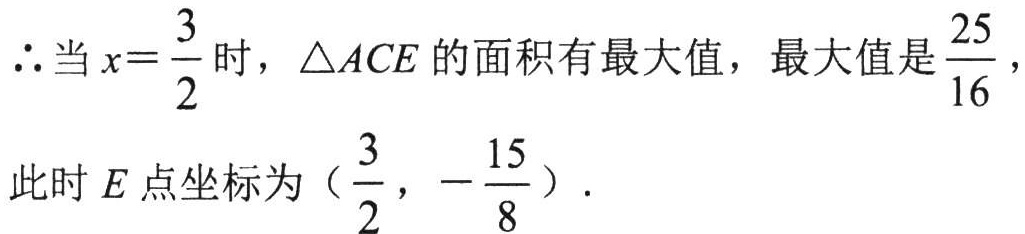
$\therefore$当$x = \dfrac{3}{2}$时，$\triangle ACE$的面积有最大值，最大值是$\dfrac{25}{16}$，
此时$E$点坐标为$\left(\dfrac{3}{2},-\dfrac{15}{8}\right)$．